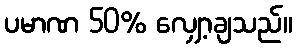
ပမာဏ 50% လျှော့ချသည်။